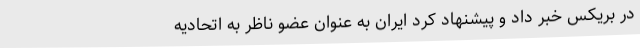
در بریکس خبر داد و پیشنهاد کرد ایران به عنوان عضو ناظر به اتحادیه